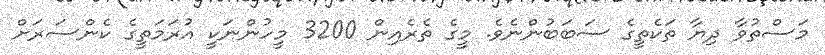
މަސްތުވާ ދިޔާ ތަކެތީގެ ސަބަބުންނެވެ. މީގެ ތެރެއިން 3200 މީހުންނަކީ އުރަމަތީގެ ކެންސަރަށް